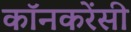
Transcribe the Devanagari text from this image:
कॉनकरेंसी